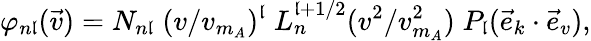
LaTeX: \varphi_{n\mathfrak{l}}(\vec{{v}})=N_{n\mathfrak{l}}\; (v/v_{m_{A}})^{\mathfrak{l}}\; L_{n}^{\mathfrak{l}+1/2}(v^{2}/v_{m_{A}}^{2})\; P_{\mathfrak{l}}(\vec{{e}}_{k}\cdot\vec{{e}}_{v}),